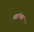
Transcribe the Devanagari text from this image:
व्यांभग